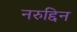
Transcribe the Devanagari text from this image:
नरुद्दिन